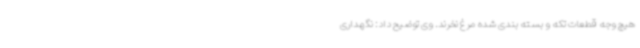
هیچ وجه قطعات تکه و بسته بندی شده مرغ نخرند. وی توضیح داد: نگهداری